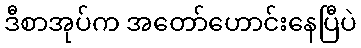
ဒီစာအုပ်က အတော်ဟောင်းနေပြီပဲ